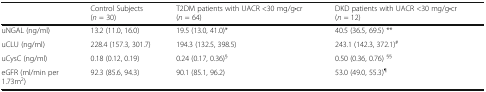
<table><thead><tr><td></td><td><b>Control Subjects (<i>n</i> = 30)</b></td><td><b>T2DM patients with UACR &lt;30 mg/g•cr (<i>n</i> = 64)</b></td><td><b>DKD patients with UACR &lt;30 mg/g•cr (<i>n</i> = 12)</b></td></tr></thead><tbody><tr><td>uNGAL (ng/ml)</td><td>13.2 (11.0, 16.0)</td><td>19.5 (13.0, 41.0)*</td><td>40.5 (36.5, 69.5) **</td></tr><tr><td>uCLU (ng/ml)</td><td>228.4 (157.3, 301.7)</td><td>194.3 (132.5, 398.5)</td><td>243.1 (142.3, 372.1)<sup>#</sup></td></tr><tr><td>uCysC (ng/ml)</td><td>0.18 (0.12, 0.19)</td><td>0.24 (0.17, 0.36)<sup>§</sup></td><td>0.50 (0.36, 0.76) <sup>§§</sup></td></tr><tr><td>eGFR (ml/min per 1.73m<sup>2</sup>)</td><td>92.3 (85.6, 94.3)</td><td>90.1 (85.1, 96.2)</td><td>53.0 (49.0, 55.3)<sup>¶</sup></td></tr></tbody></table>